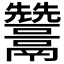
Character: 𩱩